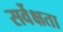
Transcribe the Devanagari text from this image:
सर्वेक्षता